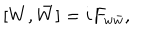
[ W , \bar { W } ] = i F _ { w \bar { w } } ,